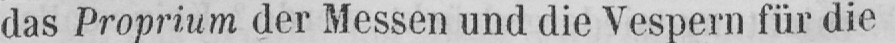
das Proprium der Messen und die Vespern für die